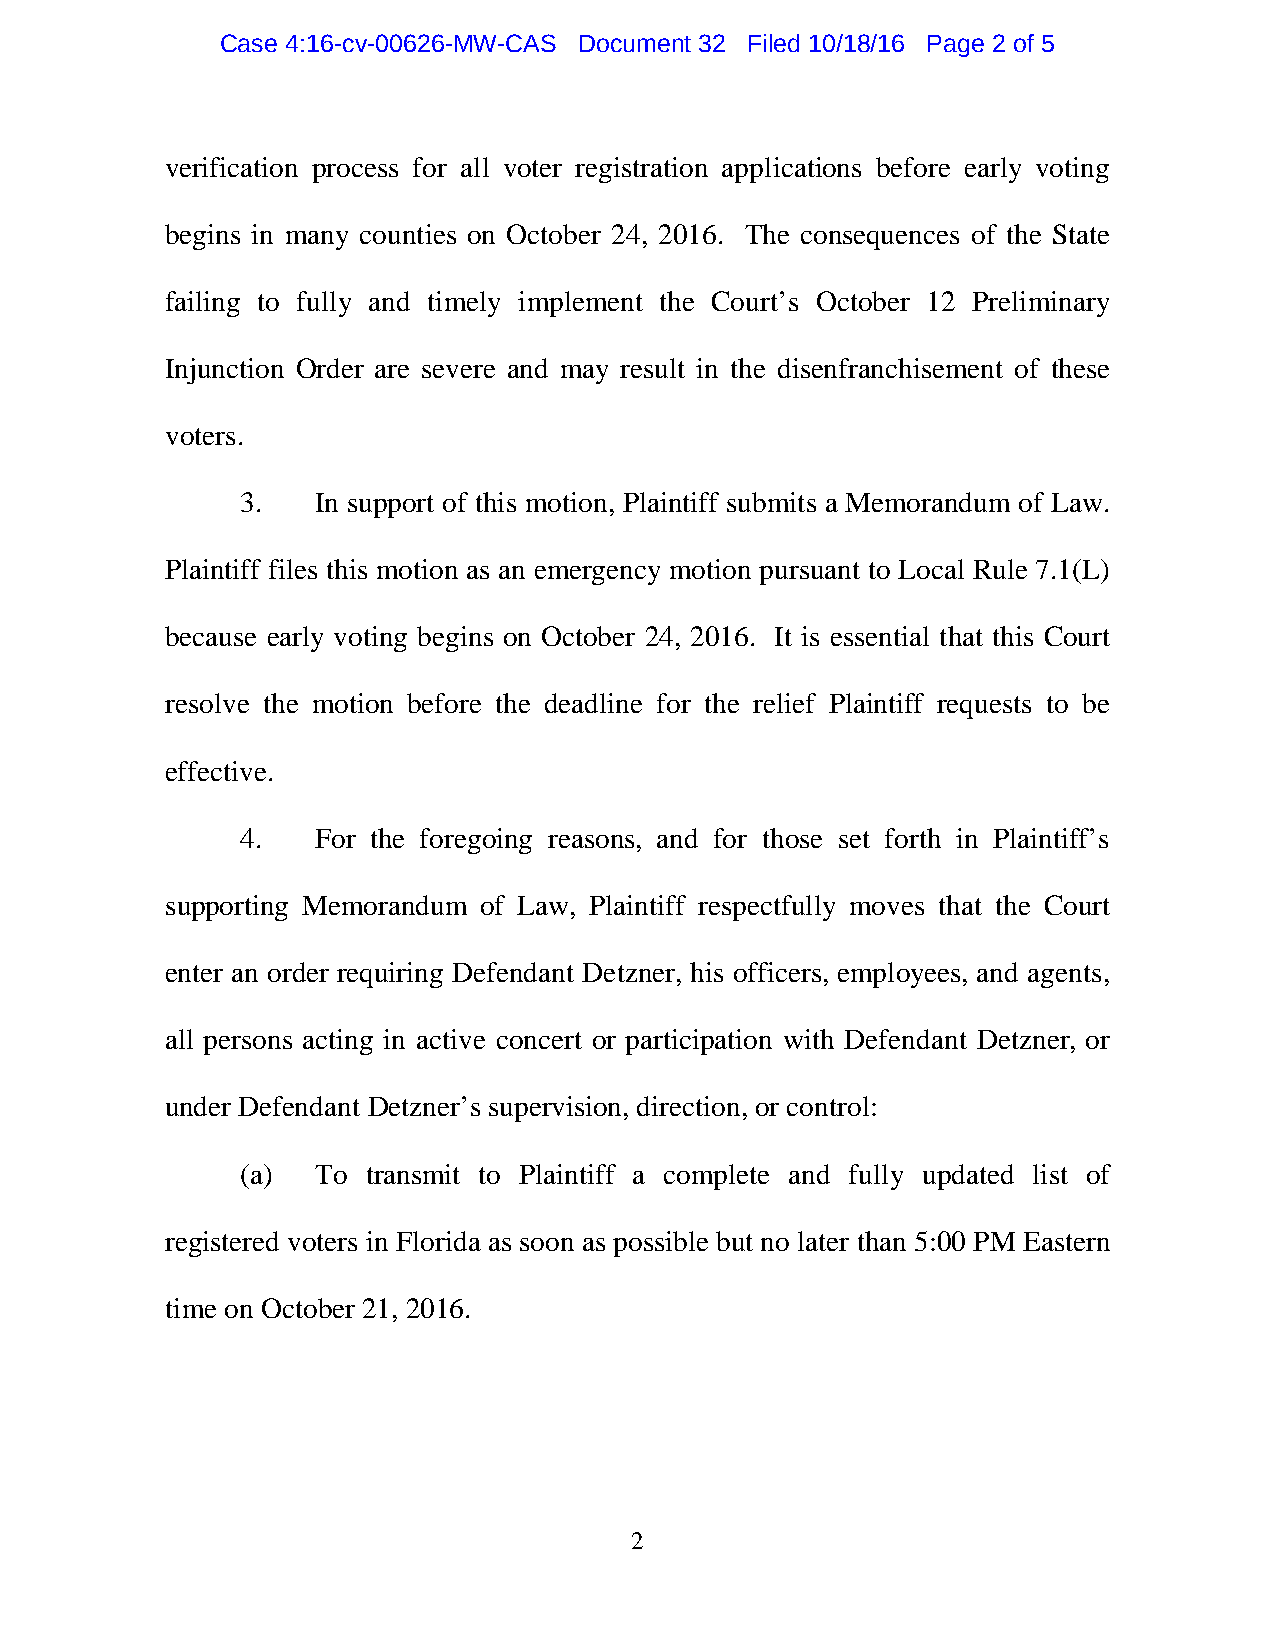
Case 4:16-cv-00626-MW-CAS Document 32 Filed 10/18/16 Page 2 of 5
 verification process for all voter registration applications before early voting
 begins in many counties on October 24, 2016. The consequences of the State
 failing to fully and timely implement the Court’s October 12 Preliminary
 Injunction Order are severe and may result in the disenfranchisement of these
 voters.
 3.   In support of this motion, Plaintiff submits a Memorandum of Law.
 Plaintiff files this motion as an emergency motion pursuant to Local Rule 7.1(L)
 because early voting begins on October 24, 2016. It is essential that this Court
 resolve the motion before the deadline for the relief Plaintiff requests to be
 effective.
 4.   For the foregoing reasons, and for those set forth in Plaintiff’s
 supporting Memorandum of Law, Plaintiff respectfully moves that the Court
 enter an order requiring Defendant Detzner, his officers, employees, and agents,
 all persons acting in active concert or participation with Defendant Detzner, or
 under Defendant Detzner’s supervision, direction, or control:
 (a)  To transmit to Plaintiff a complete and fully updated list of
 registered voters in Florida as soon as possible but no later than 5:00 PM Eastern
 time on October 21, 2016.
 2